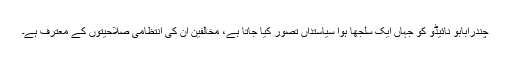
چندرابابو نائیڈو کو جہاں ایک سلجھا ہوا سیاستداں تصور کیا جاتا ہے، مخالفین ان کی انتظامی صلاحیتوں کے معترف ہے۔